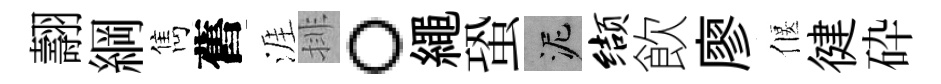
翿綱雋舊涯排。繩蛩泥缬飲廖偃徤砕